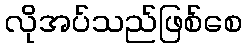
လိုအပ်သည်ဖြစ်စေ